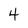
Character: 4